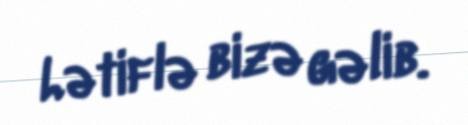
Lətiflə bizə gəlib.